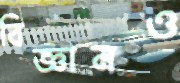
বিজ্ঞানও